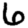
Digit: 6